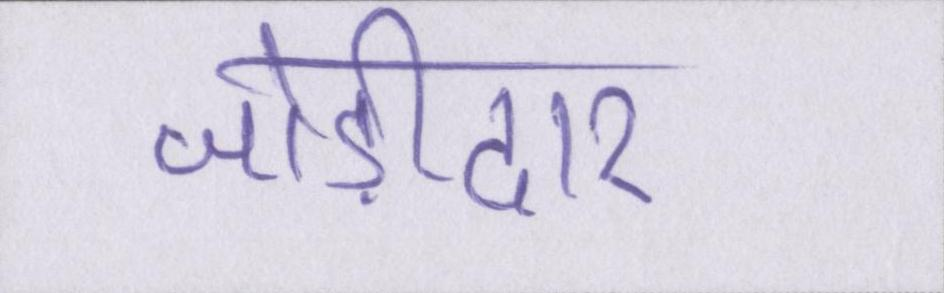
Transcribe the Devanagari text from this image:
जोड़ीदार